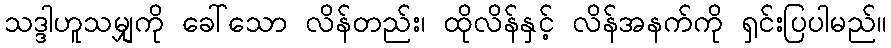
သဒ္ဒါဟူသမျှကို ခေါ်သော လိန်တည်း၊ ထိုလိန်နှင့် လိန်အနက်ကို ရှင်းပြပါမည်။